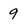
Character: 9